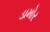
ડામોર